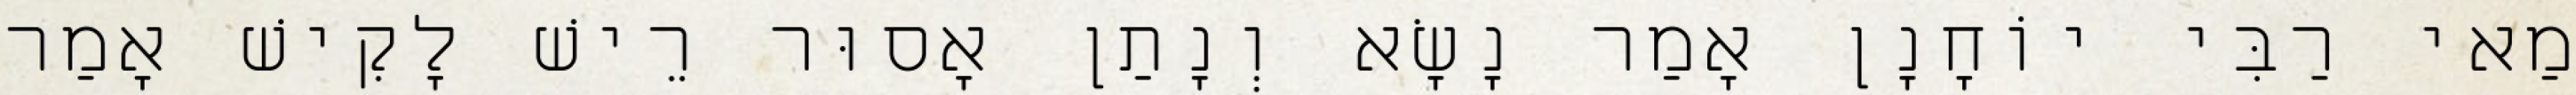
מַאי רַבִּי יוֹחָנָן אָמַר נָשָׂא וְנָתַן אָסוּר רֵישׁ לָקִישׁ אָמַר